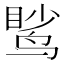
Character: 𫛹